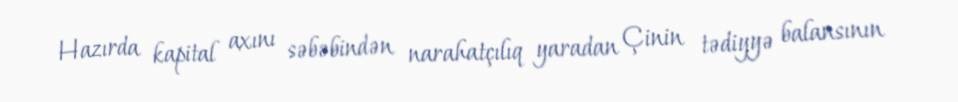
Hazırda kapital axını səbəbindən narahatçılıq yaradan Çinin tədiyyə balansının